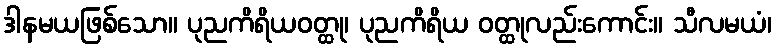
ဒါနမယဖြစ်သော။ ပုညကိရိယဝတ္ထု၊ ပုညကိရိယ ဝတ္ထုလည်းကောင်း။ သီလမယံ၊